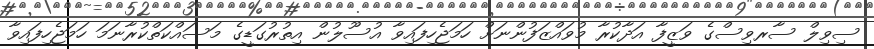
ސިވިލް ސާރވިސްގެ ވަޒީފާ އަދާކުރާ މުވައްޒަފުންނަށް ހަމަޖެހިފައިވާ އުސޫލުން އިތުރުގަޑީގެ މަސައްކަތްކުރާނަމަ ހަމަޖެހިފައިވާ